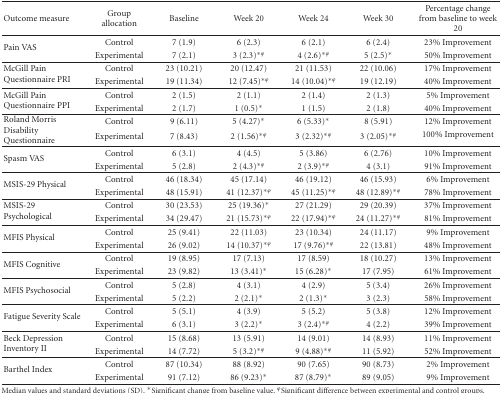
<table><thead><tr><td><b>Outcome measure</b></td><td><b>Group allocation</b></td><td><b>Baseline</b></td><td><b>Week 20</b></td><td><b>Week 24</b></td><td><b>Week 30</b></td><td><b>Percentage change from baseline to week 20</b></td></tr></thead><tbody><tr><td rowspan="2">Pain VAS</td><td>Control</td><td>7 (1.9)</td><td>6 (2.3)</td><td>6 (2.1)</td><td>6 (2.4)</td><td> 23% Improvement</td></tr><tr><td>Experimental</td><td>7 (2.1)</td><td>3 (2.3)<sup> ∗ <i>φ</i></sup></td><td>4 (2.6)<sup> ∗ <i>φ</i></sup></td><td>5 (2.5)*</td><td>50% Improvement</td></tr><tr><td rowspan="2">McGill Pain Questionnaire PRI</td><td>Control</td><td>23 (10.21)</td><td>20 (12.47)</td><td>21 (11.53)</td><td>22 (10.06)</td><td> 17% Improvement</td></tr><tr><td>Experimental</td><td>19 (11.34)</td><td>12 (7.45)<sup> ∗ <i>φ</i></sup></td><td>14 (10.04)<sup> ∗ <i>φ</i></sup></td><td>19 (12.19)</td><td>40% Improvement</td></tr><tr><td rowspan="2">McGill Pain Questionnaire PPI</td><td>Control</td><td>2 (1.5)</td><td>2 (1.1)</td><td>2 (1.4)</td><td>2 (1.3)</td><td> 5% Improvement</td></tr><tr><td>Experimental</td><td>2 (1.7)</td><td>1 (0.5)*</td><td>1 (1.5)</td><td>2 (1.8)</td><td>40% Improvement</td></tr><tr><td rowspan="2">Roland Morris Disability Questionnaire</td><td>Control</td><td>9 (6.11)</td><td>5 (4.27)*</td><td>6 (5.33)*</td><td>8 (5.91)</td><td> 12% Improvement</td></tr><tr><td>Experimental</td><td>7 (8.43)</td><td>2 (1.56)<sup> ∗ <i>φ</i></sup></td><td>3 (2.32)<sup> ∗ <i>φ</i></sup></td><td>3 (2.05)<sup> ∗ <i>φ</i></sup></td><td>100% Improvement</td></tr><tr><td rowspan="2">Spasm VAS</td><td>Control</td><td>6 (3.1)</td><td>4 (4.5)</td><td>5 (3.86)</td><td>6 (2.76)</td><td>10% Improvement</td></tr><tr><td>Experimental</td><td>5 (2.8)</td><td>2 (4.3)<sup> ∗ <i>φ</i></sup></td><td>2 (3.9)<sup> ∗ <i>φ</i></sup></td><td>4 (3.1)</td><td>91% Improvement</td></tr><tr><td rowspan="2">MSIS-29 Physical</td><td>Control</td><td>46 (18.34)</td><td>45 (17.14)</td><td>46 (19.12)</td><td>46 (15.93)</td><td> 6% Improvement</td></tr><tr><td>Experimental</td><td>48 (15.91)</td><td>41 (12.37)<sup> ∗ <i>φ</i></sup></td><td>45 (11.25)<sup> ∗ <i>φ</i></sup></td><td>48 (12.89)<sup> ∗ <i>φ</i></sup></td><td>78% Improvement</td></tr><tr><td rowspan="2">MSIS-29 Psychological</td><td>Control</td><td>30 (23.53)</td><td>25 (19.36)*</td><td>27 (21.29)</td><td>29 (20.39)</td><td> 37% Improvement</td></tr><tr><td>Experimental</td><td>34 (29.47)</td><td>21 (15.73)<sup> ∗ <i>φ</i></sup></td><td>22 (17.94)<sup> ∗ <i>φ</i></sup></td><td>24 (11.27)<sup> ∗ <i>φ</i></sup></td><td>81% Improvement</td></tr><tr><td rowspan="2">MFIS Physical</td><td>Control</td><td>25 (9.41)</td><td>22 (11.03)</td><td>23 (10.34)</td><td>24 (11.17)</td><td> 9% Improvement</td></tr><tr><td>Experimental</td><td>26 (9.02)</td><td>14 (10.37)<sup> ∗ <i>φ</i></sup></td><td>17 (9.76)<sup> ∗ <i>φ</i></sup></td><td>22 (13.81)</td><td>48% Improvement</td></tr><tr><td rowspan="2">MFIS Cognitive</td><td>Control</td><td>19 (8.95)</td><td>17 (7.13)</td><td>17 (8.59)</td><td>18 (10.27)</td><td> 13% Improvement</td></tr><tr><td>Experimental</td><td>23 (9.82)</td><td>13 (3.41)*</td><td>15 (6.28)*</td><td>17 (7.95)</td><td>61% Improvement</td></tr><tr><td rowspan="2">MFIS Psychosocial</td><td>Control</td><td>5 (2.8)</td><td>4 (3.1)</td><td>4 (2.9)</td><td>5 (3.4)</td><td> 26% Improvement</td></tr><tr><td>Experimental</td><td>5 (2.2)</td><td>2 (2.1)*</td><td>2 (1.3)*</td><td>3 (2.3)</td><td>58% Improvement</td></tr><tr><td rowspan="2">Fatigue Severity Scale</td><td>Control</td><td>5 (5.1)</td><td>4 (3.9)</td><td>5 (5.2)</td><td>5 (3.8)</td><td> 12% Improvement</td></tr><tr><td>Experimental</td><td>6 (3.1)</td><td>3 (2.2)*</td><td>3 (2.4)<sup>∗ <i>φ</i></sup></td><td>4 (2.2)</td><td>39% Improvement</td></tr><tr><td rowspan="2">Beck Depression Inventory II</td><td>Control</td><td>15 (8.68)</td><td>13 (5.91)</td><td>14 (9.01)</td><td>14 (8.93)</td><td> 11% Improvement</td></tr><tr><td>Experimental</td><td>14 (7.72)</td><td>5 (3.2)<sup>∗ <i>φ</i></sup></td><td>9 (4.88)<sup>∗ <i>φ</i></sup></td><td>11 (5.92)</td><td>52% Improvement</td></tr><tr><td rowspan="2">Barthel Index</td><td>Control</td><td>87 (10.34)</td><td>88 (8.92)</td><td>90 (7.65)</td><td>90 (8.73)</td><td> 2% Improvement</td></tr><tr><td>Experimental</td><td>91 (7.12)</td><td>86 (9.23)*</td><td>87 (8.79)*</td><td>89 (9.05)</td><td>9% Improvement</td></tr></tbody></table>